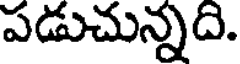
పడుచున్నది.